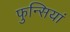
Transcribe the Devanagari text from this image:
फुन्सियां